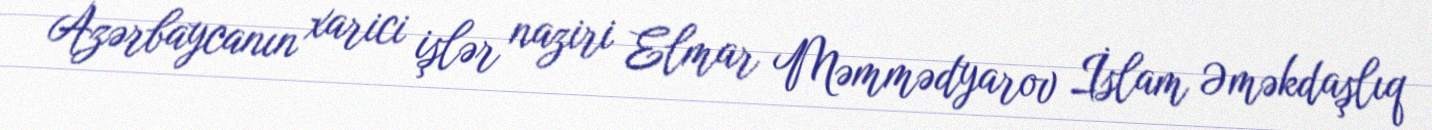
Azərbaycanın xarici işlər naziri Elmar Məmmədyarov İslam Əməkdaşlıq